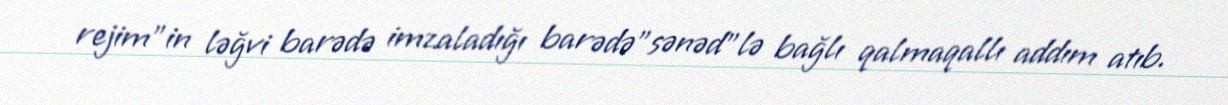
rejim"in ləğvi barədə imzaladığı barədə"sənəd"lə bağlı qalmaqallı addım atıb.